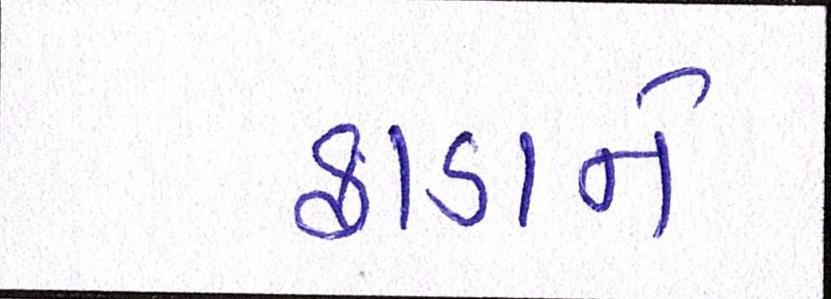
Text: ફાડાને